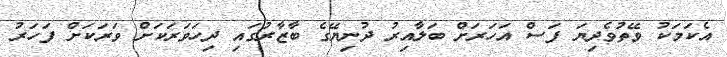
އެކަމަކު ވޭތުވެދިޔަ ފަސް އަހަރަށް ބަލާއިރު ދުނިޔޭގެ ބާޒާރުގައި ދިހަވަރަކަށް ވަރަކަށް ފަހަރު